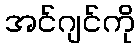
အင်ဂျင်ကို